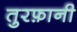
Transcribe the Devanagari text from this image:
तुरफ़ानी